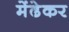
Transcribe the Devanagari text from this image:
मेंढेकर